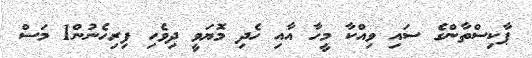
ޕާކިސްތާންގެ ސައި ވިއްކާ މީހާ އާއި ހެދި މޮޔަވީ ދިވެހި ފިރިހެނުން1 މަސް